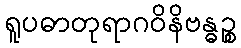
ရူပဓာတုရာဂဝိနိဗန္ဓဉ္စ